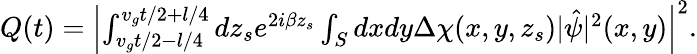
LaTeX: \begin{array}{r}{Q(t)=\left|\int_{v_{g}t/2-l/4}^{v_{g}t/2+l/4}dz_{s}e^{2i\beta z_{s}}\int_{S}dxdy\Delta\chi(x,y,z_{s})|\hat{\psi}|^{2}(x,y)\right|^{2}.}\end{array}